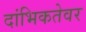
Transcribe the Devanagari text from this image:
दांभिकतेवर